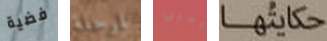
فضية لمرحلة يدين حكايتها